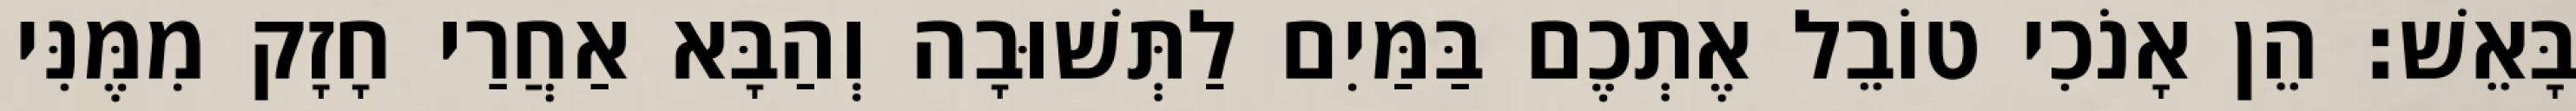
בָּאֵשׁ׃ הֵן אָנֹכִי טוֹבֵל אֶתְכֶם בַּמַּיִם לַתְּשׁוּבָה וְהַבָּא אַחֲרַי חָזָק מִמֶּנִּי